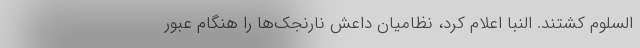
السلوم کشتند. النبا اعلام کرد، نظامیان داعش نارنجک‌ها را هنگام عبور